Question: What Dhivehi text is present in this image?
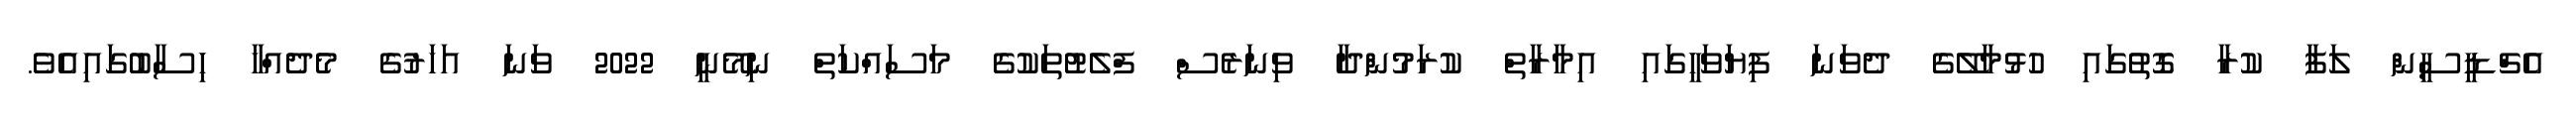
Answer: އެޗްޑީސީން ލަފާ ކުރާ ގޮތުގައި ހުޅުމާލޭގެ ދެވަނަ ފިޔަވަހީގައި އިމާރާތް ކުރަމުންދާ ވިނަރެސް ފްލެޓުތަކުގެ މަސައްކަތް ނިމޭނީ 2022 ވަނަ އަހަރުގެ މެދެއްހާ ހިސާބުގައިއެވެ.